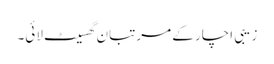
زیبی اچار کے مرتبان گھسیٹ لائی۔